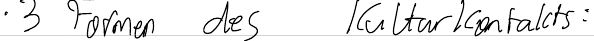
- 3 Formen des Kulturkontakts: